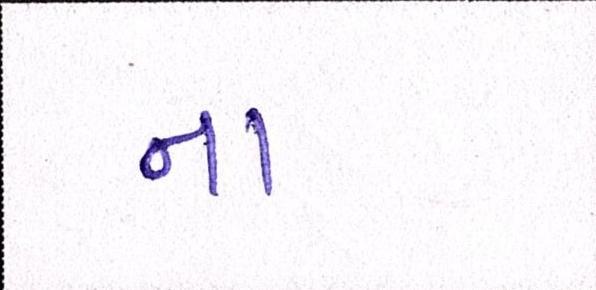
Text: ના